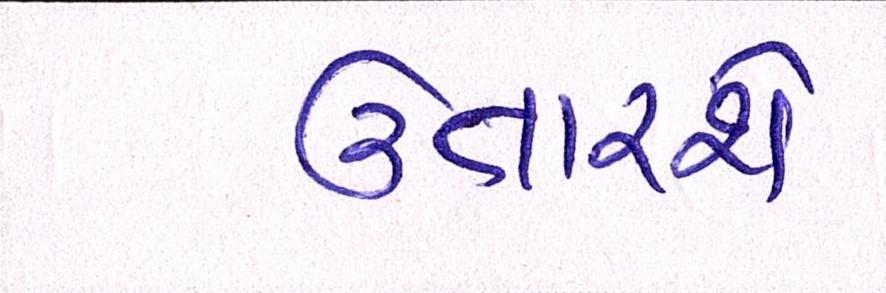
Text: ઉતારશે